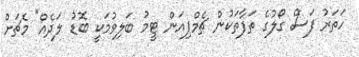
ހަތަރު ފަސް ގޯލުގެ ތަފާތަކުން ޗެމްޕިއަން ޓީމު ބަލިވުމަކީ ބޮޑު ލަދެއް" މެޗަށް